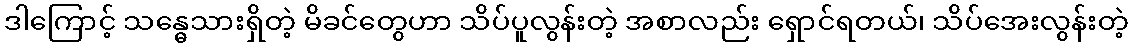
ဒါကြောင့် သန္ဓေသားရှိတဲ့ မိခင်တွေဟာ သိပ်ပူလွန်းတဲ့ အစာလည်း ရှောင်ရတယ်၊ သိပ်အေးလွန်းတဲ့